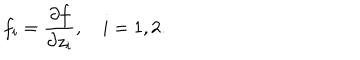
LaTeX: f _ { i } = { \frac { \partial f } { \partial z _ { i } } } , \quad i = 1 , 2 .